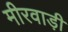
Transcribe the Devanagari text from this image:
मीरवाड़ी